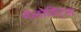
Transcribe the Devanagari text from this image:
गॅलोविट्स